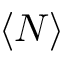
\left\langle N \right\rangle